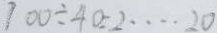
1 0 0 \div 4 0 = 2 \cdots 2 0